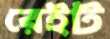
রেইট